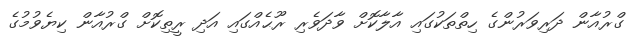
ގްރުއާން ދަރިވަރުންގެ ހިތްތަކުގައި އާލާކޮށް ވާދަވެރި ރޫޙެއްގައި އަދި ރީތިކޮށް ގްރުއާން ކިޔެވުމުގެ